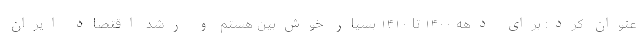
عنوان کرد: برای دهه ۱۴۰۰ تا ۱۴۱۰ بسیار خوش‌بین هستم و رشد اقتصاد ایران